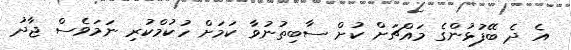
އެ ދެ ބޭފުޅުންގެ މައްޗަށް ކުށް ސާބިތުނުވާ ކަމަށް ހުކުމްކުރި ނަމަވެސް ޖާދު